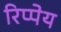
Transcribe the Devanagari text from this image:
रिप्पेय